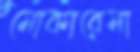
মোকারেমা